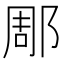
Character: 郮